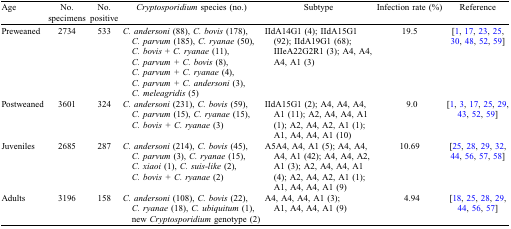
| Age | No. specimens | No. positive | Cryptosporidium species (no.) | Subtype | Infection rate (%) | Reference |
 | --- | --- | --- | --- | --- | --- | --- |
 | Preweaned | 2734 | 533 | C. andersoni (88), C. bovis (178), C. parvum (185), C. ryanae (50), C. bovis + C. ryanae (11), C. parvum + C. bovis (8), C. parvum + C. ryanae (4), C. parvum + C. andersoni (3), C. meleagridis (5) | IIdA14G1 (4); IIdA15G1 (92); IIdA19G1 (68); IIIeA22G2R1 (3); A4, A4, A4, A1 (3) | 19.5 | [1, 17, 23, 25, 30, 48, 52, 59] |
 | Postweaned | 3601 | 324 | C. andersoni (231), C. bovis (59), C. parvum (15), C. ryanae (15), C. bovis + C. ryanae (3) | IIdA15G1 (2); A4, A4, A4, A1 (11); A2, A4, A4, A1 (1); A2, A4, A2, A1 (1); A1, A4, A4, A1 (10) | 9.0 | [1, 3, 17, 25, 29, 43, 52, 59] |
 | Juveniles | 2685 | 287 | C. andersoni (214), C. bovis (45), C. parvum (3), C. ryanae (15), C. xiaoi (1), C. suis-like (2), C. bovis + C. ryanae (2) | A5A4, A4, A1 (5); A4, A4, A4, A1 (42); A4, A4, A2, A1 (3); A2, A4, A4, A1 (4); A2, A4, A2, A1 (1); A1, A4, A4, A1 (9) | 10.69 | [25, 28, 29, 32, 44, 56, 57, 58] |
 | Adults | 3196 | 158 | C. andersoni (108), C. bovis (22), C. ryanae (18), C. ubiquitum (1), new Cryptosporidium genotype (2) | A4, A4, A4, A1 (3); A1, A4, A4, A1 (9) | 4.94 | [18, 25, 28, 29, 44, 56, 57] |